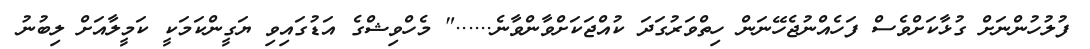
ފުލުހުންނަށް ގުޅާކަށްވެސް ފަހެއްނުޖެހޭނަން ހިތްވަރުގަދަ ކުއްޖަކަށްވާންވާނެ......" މެހްވިޝްގެ އަޑުގައިވި ޔަގީންކަމަކީ ކަމީލާއަށް ލިބުނު